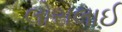
લોરાલાઈ